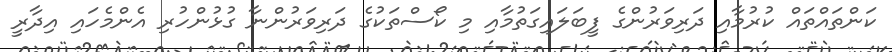
ކަންތައްތައް ކުރުމާއި ދަރިވަރުންގެ ފީބަލައިގަތުމާއި މި ކޯސްތަކުގެ ދަރިވަރުންނާ ގުޅުންހުރި އެންމެހައި އިދާރީ